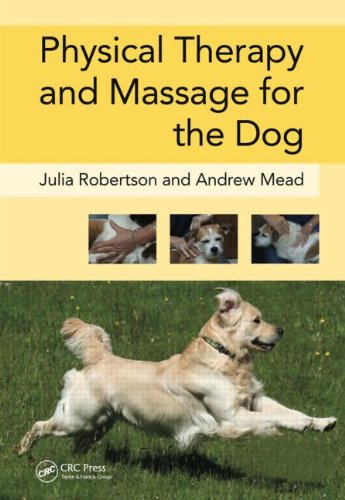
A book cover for Physical Therapy and Massage for the Dog; Julia Robertson; Medical Books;